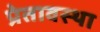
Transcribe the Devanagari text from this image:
प्रेतावस्था